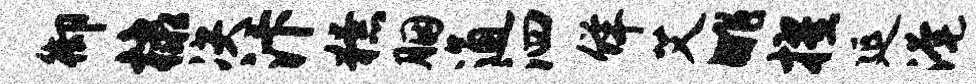
御棣决汴獠胭通泗佯艾眺擢延淹